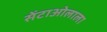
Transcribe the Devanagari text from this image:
सेंटाओलाला